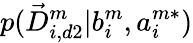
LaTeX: p(\vec{D}_{i,d2}^{m}|b_{i}^{m},a_{i}^{m*})